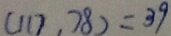
( 1 1 7 , 7 8 ) = 3 9